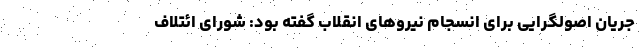
جریان اصولگرایی برای انسجام نیروهای انقلاب گفته بود: شورای ائتلاف